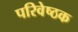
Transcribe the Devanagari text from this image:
परिवेष्ठक